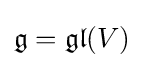
{\mathfrak {g}}={\mathfrak {gl}}(V)